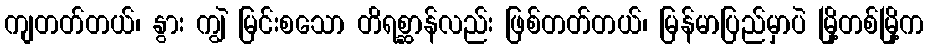
ကျတတ်တယ်၊ နွား ကျွဲ မြင်းစသော တိရစ္ဆာန်လည်း ဖြစ်တတ်တယ်၊ မြန်မာပြည်မှာပဲ မြို့တစ်မြို့က